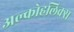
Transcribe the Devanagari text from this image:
अल्कोहलिक्स